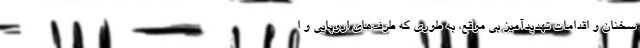
سخنان و اقدامات تهدیدآمیز بی موقع، به طوری که طرف‌های اروپایی و ا